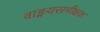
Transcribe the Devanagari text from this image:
वाङ्मयसमीक्षक